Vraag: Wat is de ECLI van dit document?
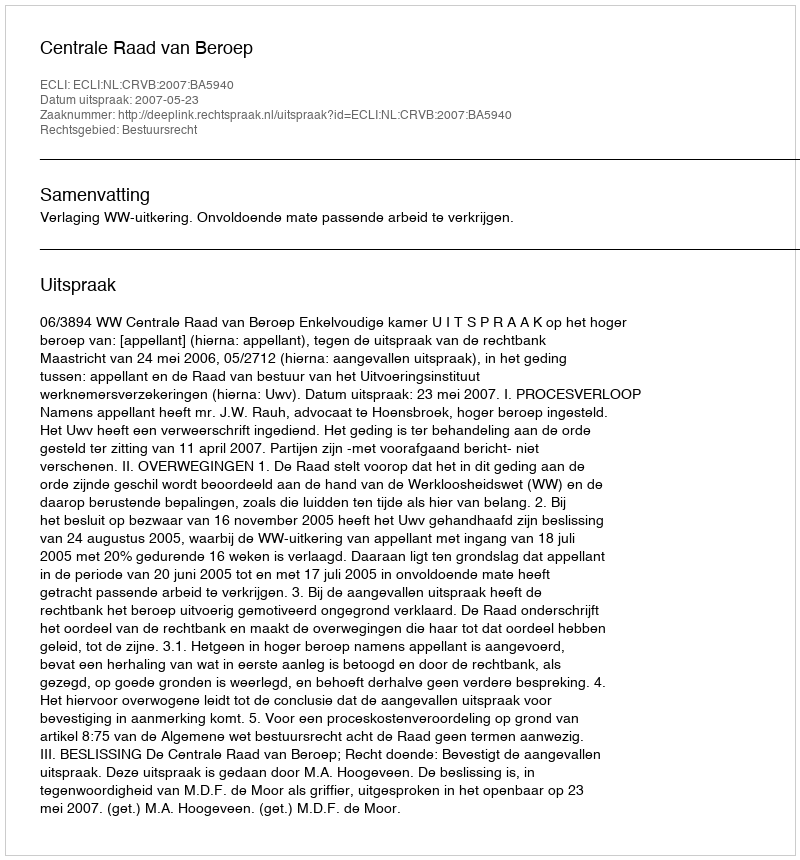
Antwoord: ECLI:NL:CRVB:2007:BA5940